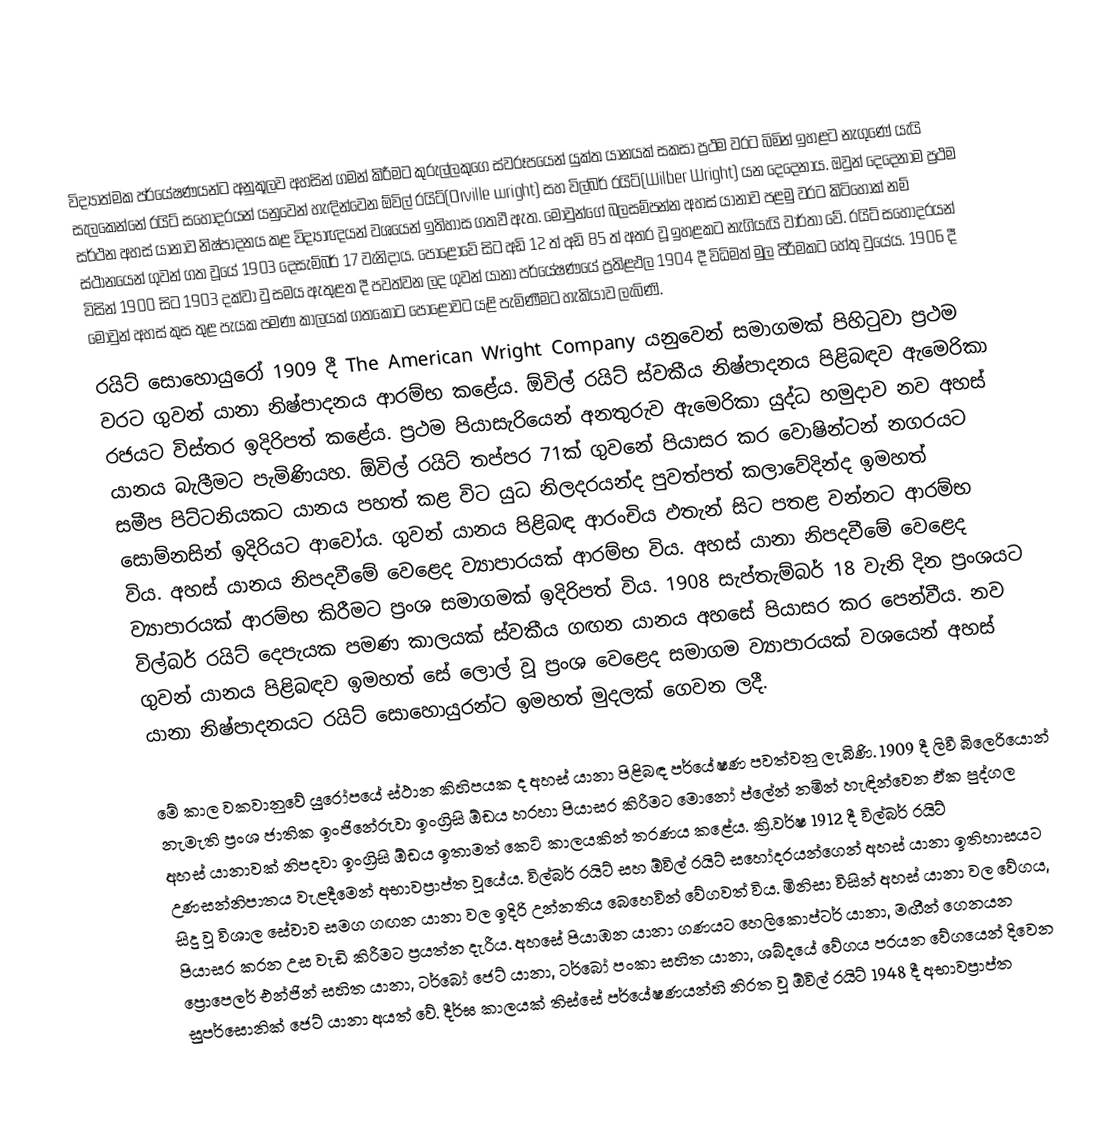

විද්‍යාත්මක පර්යේෂණයන්ට අනුකූලව අහසින් ගමන් කිරීමට කුරුල්ලකු‍‍ගෙ ස්වරූපයෙන් යුක්ත යානයක් සකසා ප්‍රථම වරට බිමින් ඉහළට නැගු‍ණේ යැයි සැලකෙන්නේ රයිට් සහෝදරයන් යනුවෙන් හැඳින්වෙන ඕවිල් රයිට්(Orville wright) සහ විල්බර් රයිට්(Wilber Wright) යන දෙදෙනාය. ඔවුන් දෙදෙනාම ප්‍රථම සර්ථන අහස් යානාව නිෂ්පාදනය කළ විද්‍යාඥයන් වශයෙන්  ඉතිහාස ගතවී ඇත. මොවුන්ගේ බලසම්පන්න අහස් යානාව පළමු වරට කිටිහොක් නම් ස්ථානයෙන් ගුවන් ගත වූයේ 1903 දෙසැම්බර් 17 වැනිදාය. පොළොවේ සිට අඩි 12 ත් අඩි 85 ත් අතර වූ ඉහළකට නැගියැයි වාර්තා වේ. රයිට් සහෝදරයන් විසින් 1900 සිට 1903 දක්වා වු සමය ඇතුළත දී පවත්වන ලද ගුවන් යානා පර්යේෂණයේ ප්‍රතිළඵල 1904 දී විධිමත් මුල පිරීමකට හේතු වුයේය. 1906 දී මොවුන් අහස් කුස තුළ පැයක පමණ කාලයක් ගතකොට පොළොවට යළි පැමිණීමට හැකියාව ලැබිණි.
රයිට් සොහොයුරෝ 1909 දී The American Wright Company යනුවෙන් සමාගමක් පිහිටුවා ප්‍රථම වරට ගුවන් යානා නිෂ්පාදනය ආරම්භ කළේය. ඕවිල් රයිට් ස්වකීය නිෂ්පාදන‍ය පිළිබඳව ඇමෙරිකා රජයට විස්තර ඉදිරිපත් කළේය. ප්‍රථම පියාසැරියෙන් අනතුරුව ඇමෙරිකා යුද්ධ හමුදාව නව අහස් යානය බැලීමට පැමිණියහ. ඕවිල් රයිට් තප්පර 71ක් ගුවනේ පියාසර කර වොෂින්ටන් නගරයට සමී‍ප පිට්ටනියකට යානය පහත් කළ විට යුධ නිලදරයන්ද පුවත්පත් කලාවේදින්ද ඉමහත් සොම්නසින් ඉදිරියට ආවෝය. ගුවන් යානය පිළිබඳ ආරංචිය ඵතැන් සිට පතළ වන්නට ආරම්භ විය. අහස් යානය නිපදවී‍මේ වෙළෙද ව්‍යාපාරයක් ආරම්භ විය. අහස් යානා නිපදවී‍මේ වෙළෙද ව්‍යාපාරයක් ආරම්භ කිරීමට ප්‍රංශ සමාගමක් ඉදිරිපත් විය. 1908 සැප්තැම්බර් 18 වැනි දින ප්‍රංශයට විල්බර් රයිට් දෙපැයක පමණ කාලයක් ස්වකීය ගඟන යානය අහසේ පියාසර කර පෙන්වීය. නව ගුවන් යානය පිළිබඳව ඉමහත් සේ ලොල් වූ ප්‍රංශ වෙළෙද සමාගම ව්‍යාපාරයක් වශයෙන් අහස් යානා නිෂ්පාදනයට රයිට් සොහොයුරන්ට ඉමහත් මුදලක් ගෙවන ලදී.

මේ කාල වකවානුවේ යුරෝපයේ ස්ථාන කිහිපයක ද අහස් යානා පිළිබඳ පර්යේෂණ පවත්වනු ලැබිණි. 1909 දී ලිවී බිලෙරියොන් නැමැති ප්‍රංශ ජාතික ඉංජිනේරුවා ඉංග්‍රිසි ඕඩය හරහා පියාසර කිරීමට මොනෝ ප්ලේන් නමින් හැඳින්වෙන ඵ්ක පුද්ගල අහස් යානාවක් නිපදවා ඉංග්‍රිසි ඕඩය ඉතාමත් කෙටි කාලයකින් තරණය කළේය. ක්‍රි.වර්ෂ 1912 දී විල්බර් රයිට් උණසන්නිපාතය වැළදීමෙන් අභාවප්‍රාප්ත වූයේය. විල්බර් රයිට් සහ ඕවිල් රයිට් සහෝදරයන්ගෙන් අහස් යානා ඉතිහාසයට සිදු වූ විශාල සේවාව සමග ගඟන යානා වල ඉදිරි උන්නතිය බෙහෙවින් වේගවත් විය. මිනිසා විසින් අහස් යානා වල වේගය, පියාසර කරන උස වැඩි කිරීමට ප්‍රයත්න දැරීය. අහසේ පියාඹන යානා ගණයට හෙලිකොප්ටර් යානා, මඟීන් ගෙනයන ප්‍රොපෙලර් එන්ජින් සහිත යානා, ටර්බෝ ජෙට් යානා, ටර්බෝ පංකා සහිත යානා, ශබ්දයේ වේගය පරයන වේගයෙන් දිවෙන සුපර්සොනික් ජෙට් යානා අයත් වේ. දීර්ඝ කාලයක් තිස්සේ පර්යේෂණයන්හි නිරත වූ ඕවිල් රයිට් 1948 දී අභාවප්‍රාප්ත